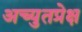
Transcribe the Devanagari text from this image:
अच्युतप्रेक्ष